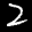
Label: 2